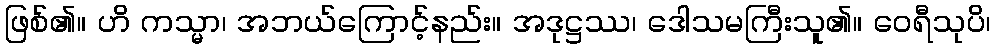
ဖြစ်၏။ ဟိ ကသ္မာ၊ အဘယ်ကြောင့်နည်း။ အဒုဋ္ဌဿ၊ ဒေါသမကြီးသူ၏။ ဝေရီသုပိ၊